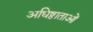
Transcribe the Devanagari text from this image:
अधिष्ठाताओं